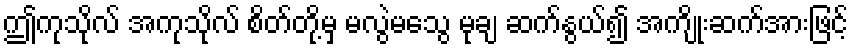
ဤကုသိုလ် အကုသိုလ် စိတ်တို့မှ မလွဲမသွေ မုချ ဆက်နွယ်၍ အကျိုးဆက်အားဖြင့်